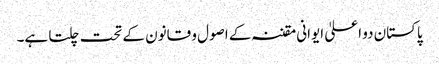
پاکستان دو اعلیٰ ایوانی مقننہ کے اصول و قانون کے تحت چلتا ہے۔